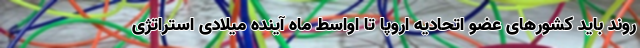
روند باید کشورهای عضو اتحادیه اروپا تا اواسط ماه آینده میلادی استراتژی